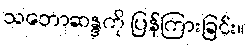
သဘောဆန္ဒကို ပြန်ကြားခြင်း။